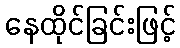
နေထိုင်ခြင်းဖြင့်